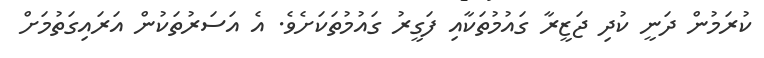
ކުރަމުން ދަނީ ކުދި ޖަޒީރާ ގައުމުތަކާއި ފަގީރު ގައުމުތަކަށެވެ. އެ އަސަރުތަކުން އަރައިގަތުމަށް